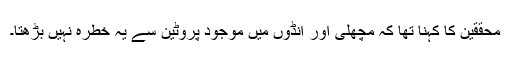
محققین کا کہنا تھا کہ مچھلی اور انڈوں میں موجود پروٹین سے یہ خطرہ نہیں بڑھتا۔